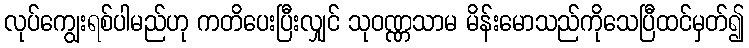
လုပ်ကျွေးရစ်ပါမည်ဟု ကတိပေးပြီးလျှင် သုဝဏ္ဏသာမ မိန်းမောသည်ကိုသေပြီထင်မှတ်၍